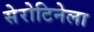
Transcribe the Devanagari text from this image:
सेरोटिनेला